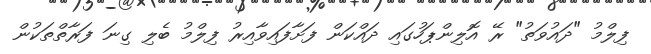
ފިލްމު "ދައުވަތު" ރޭ އޮލިިންޕަހުގައި ދައްކަން ފަށާފައިވާއިރު ފިލްމު ބެލި ގިނަ ފަރާތްތަކުން